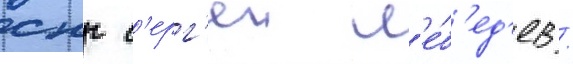
снг с'ерг'еи л'е́б'ед'ев /